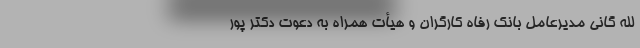
لله گانی مدیرعامل بانک رفاه کارگران و هیأت همراه به دعوت دکتر پور